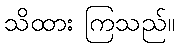
သိထား ကြသည်။